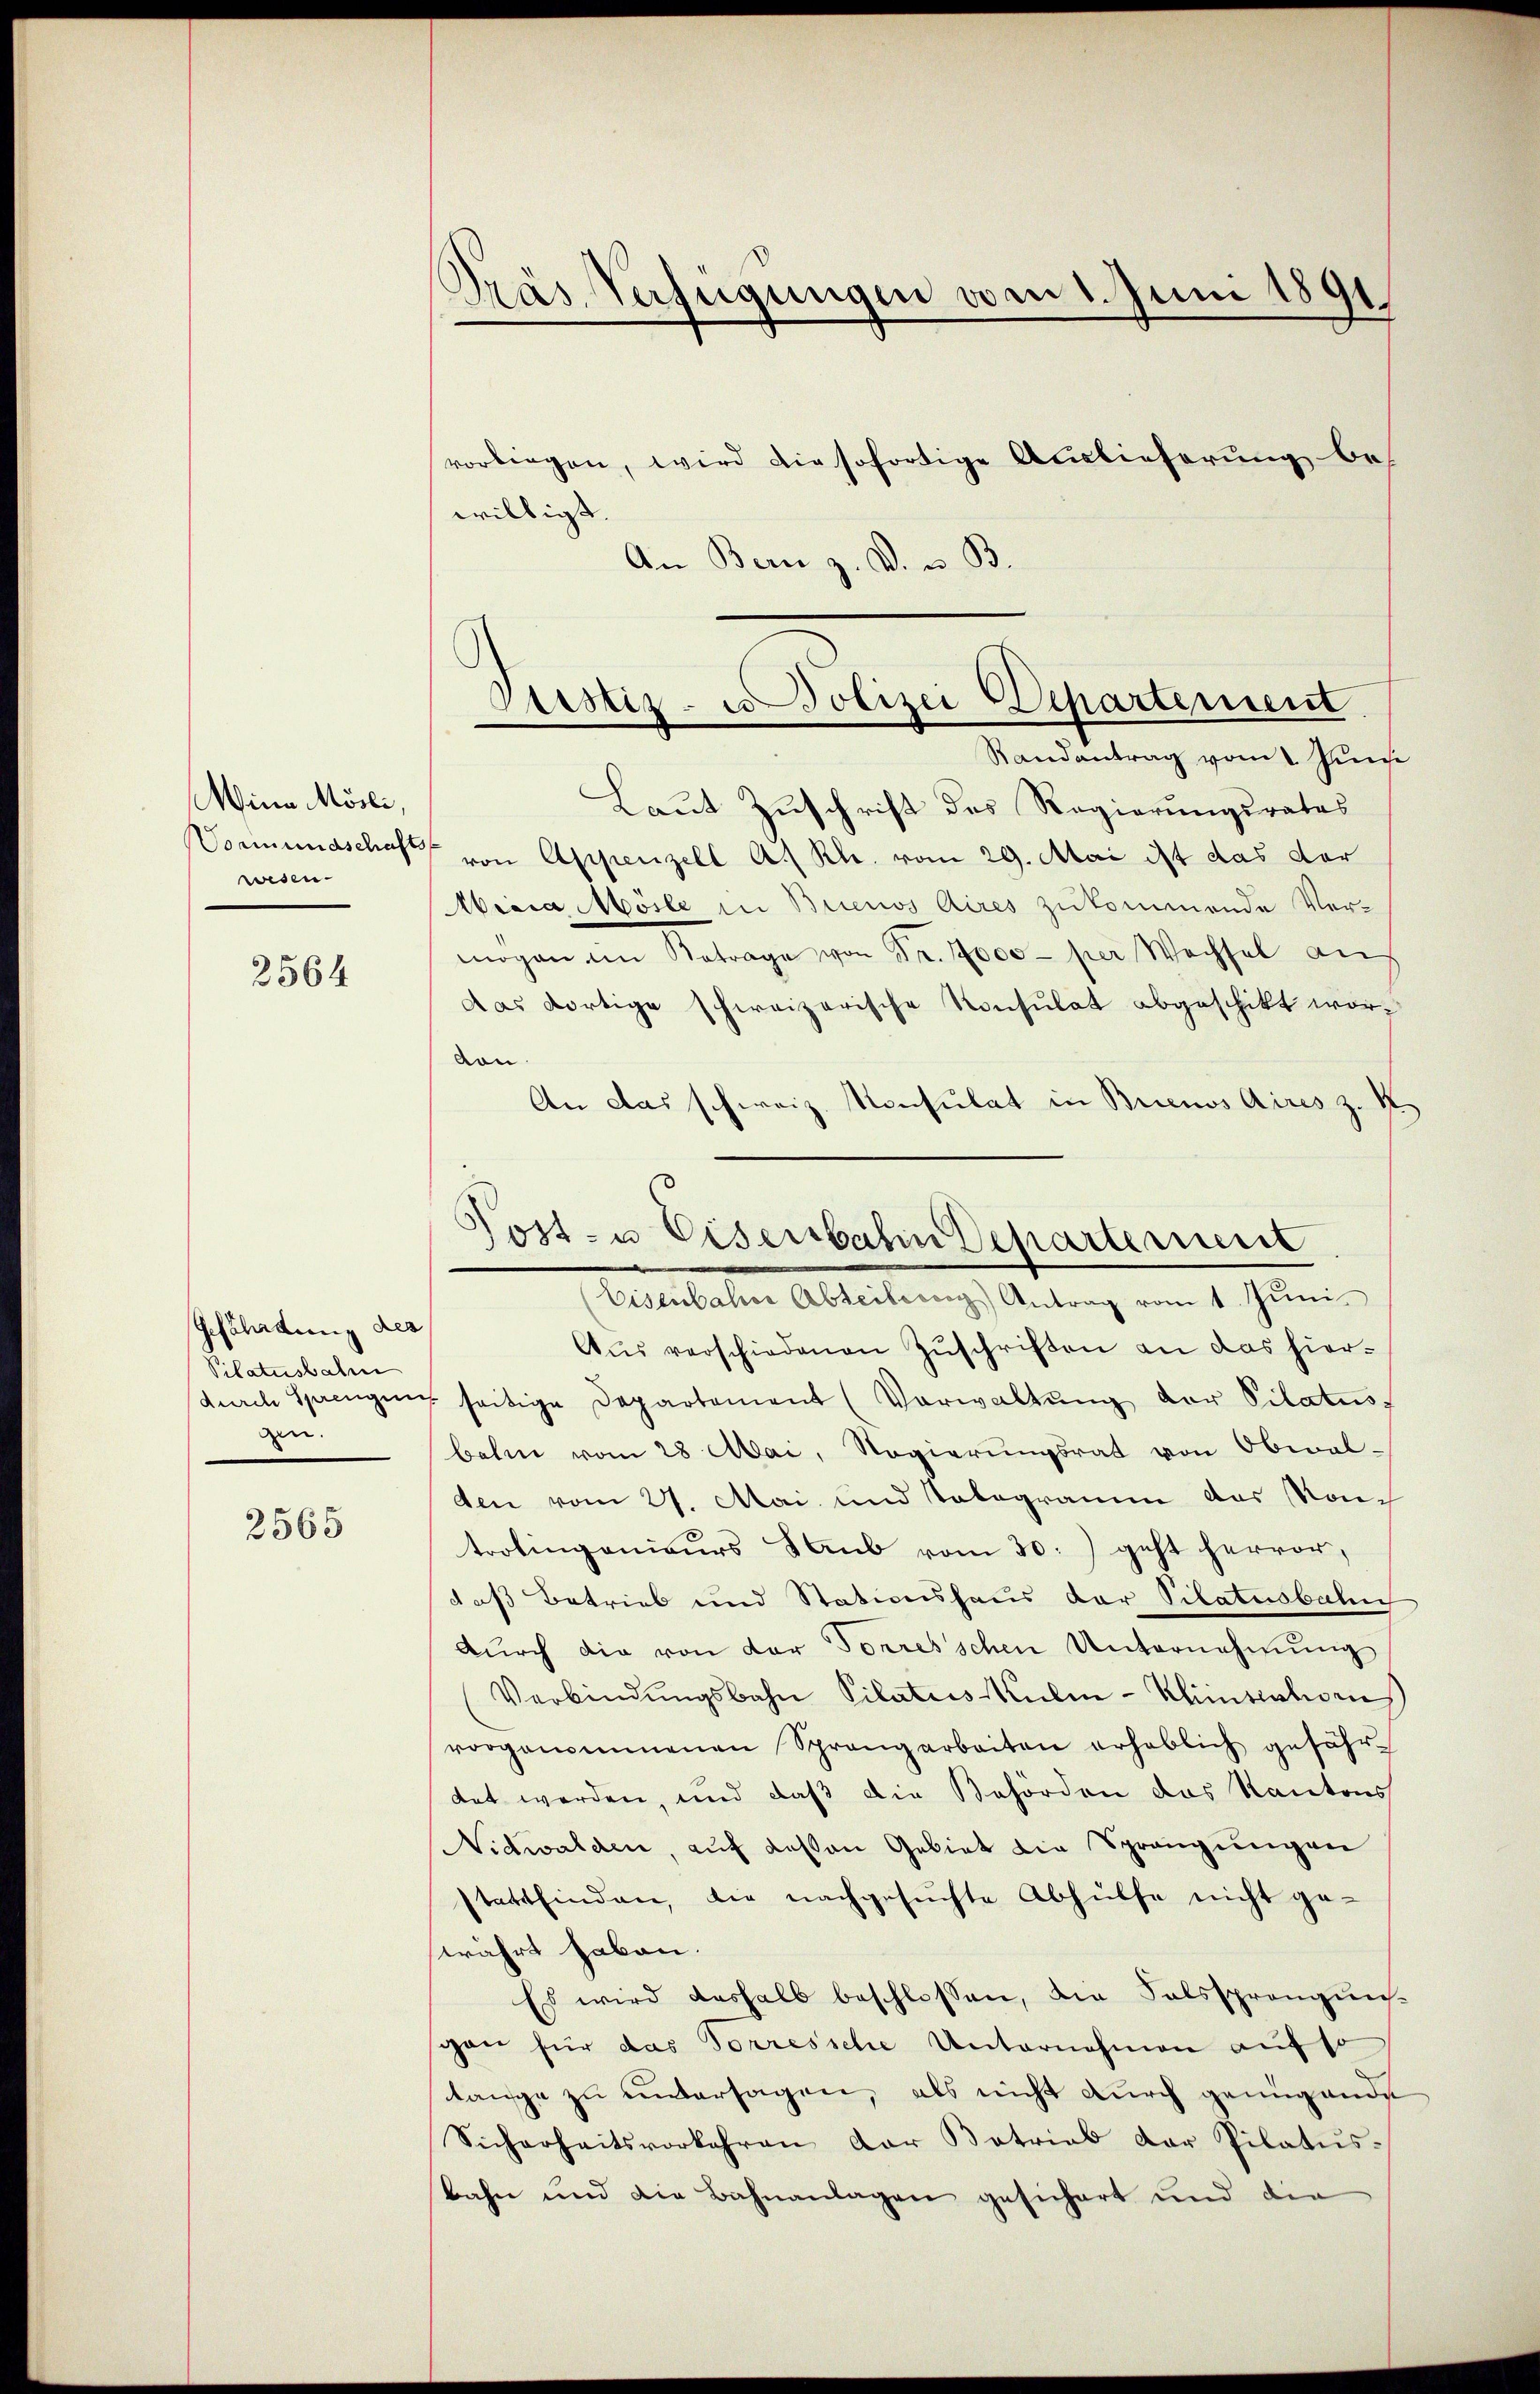
ina Mösli,
wesen.

2564

Gefährdung der
Pilatusbahn
durch Sprengen
gen.

2565

Präs. Verfügungen vom 1. Juni 1891

vorliegen, wird die sofortige Auslieferung bewilligt
An Bern z. B. u. B.
Laut Zuschrift des Regierungsrates
Vormundschaft von Appenzell A. Rh. vom 29. Mai ist das der
isia Mösle in Buenos Aires zukommende Vermögen im Betrage von Fr. 7000 per Wechsel auf
das dortige schweizerische Konsulat abgeschikt worvon
An das schweiz. Konsulat in Buenos Aires z. K
Eisenbahre Abteilesen) Antrag vom 1. Jŭni
Aus verschiedenen Zuschriften an das hier¬
7 seitige Departement (Verwaltŭng der Pilatus
bahn vom 28 Mai, Regierŭngsrat von Obwalden vom 27. Mai und Tabegramm das Rauch
trolingenieurs Saub vom 30.) geht hervor,
daß Betrieb und Stationshaus der Vilatusbahn
dŭrch die von der Torresschen Unternehmung
Verbindŭngsbahn Pilates Mülen-Kleintrations
vorgenommenen Sprangarbeiten erheblich gefähr-
tet werden, und daß die Behörden das Kantons
Nidwalden, auf deßen Gebiet die Sprangungen
stattfinden, die nachgesuchte Abhülfe nicht ge-
währt haben.
Es wird deshalb beschlossen, die Falssprangungan für das Torressche Unternehmen auf so
tange zu untersagen, als nicht durch genügende
Sicherheitsvorkehren der Betrieb der Pilatus¬
Bahn und die Bahnanlagen gesichert und die

Justiz- u Polizei Departement.
Randantrag vom 1. Juni

Post- u Eisenbahn Departement